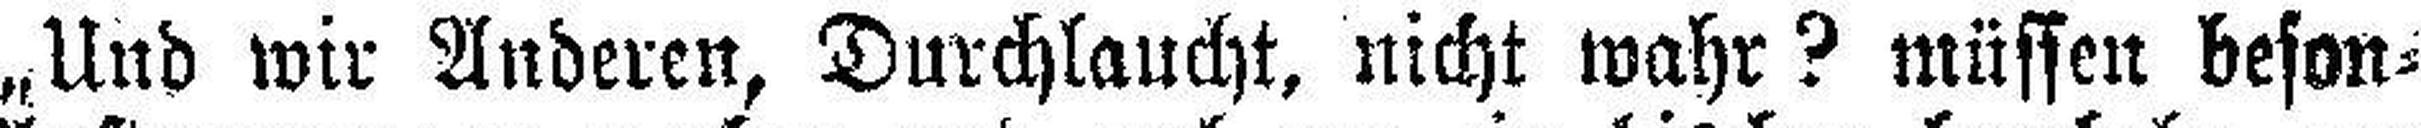
„Und wir Anderen, Durchlaucht, nicht wahr? müssen beson¬